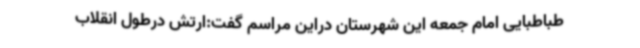
طباطبایی امام جمعه این شهرستان دراین مراسم گفت:ارتش درطول انقلاب